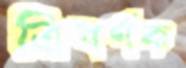
ত্রিবর্ণক